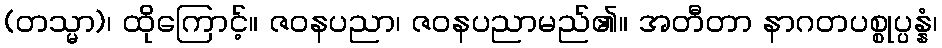
(တသ္မာ)၊ ထိုကြောင့်။ ဇဝနပညာ၊ ဇဝနပညာမည်၏။ အတီတာ နာဂတပစ္စုပ္ပန္နံ၊